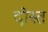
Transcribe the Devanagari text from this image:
दोस्त